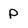
Character: P